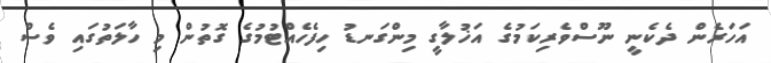
އަހަރެން ދެކެނީ ނޫސްވެރިކަމުގެ އަޚުލާގީ މިންގަނޑު ހިފެހެއްޓުމުގެ ގޮތުން މި ހާލަތުގައި ވެސް